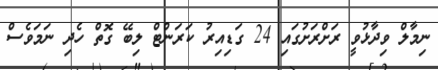
ނިމާލް ވިދާޅުވީ ރަށްރަށުގައި 24 ގަޑިއިރު ކަރަންޓް ލިބޭ ގޮތް ހެދި ނަމަވެސް